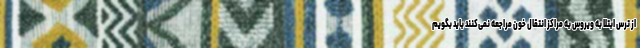
از ترس ابتلا به ویروس به مراکز انتقال خون مراجعه نمی‌کنند باید بگویم